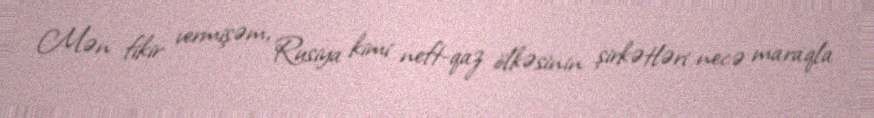
Mən fikir vermişəm, Rusiya kimi neft-qaz ölkəsinin şirkətləri necə maraqla